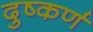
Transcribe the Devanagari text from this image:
दुष्कर्ण